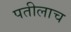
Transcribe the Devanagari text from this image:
पतीलाच